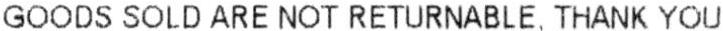
GOODS SOLD ARE NOT RETURNABLE, THANK YOU.